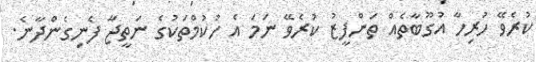
ކުރެވޭ ހުރިހާ އުގޫބާތެއް ތަންފީޒު ކުރެވޭ ނަމަ އެ ހުކުމްތަކުގެ ނަތީޖާ ފެނިގެންދާނެ.